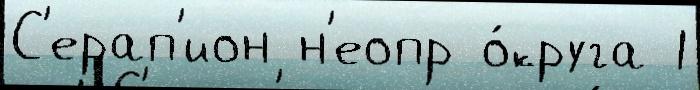
С'ерап'ион н'еопр о́круга 1